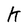
Character: k